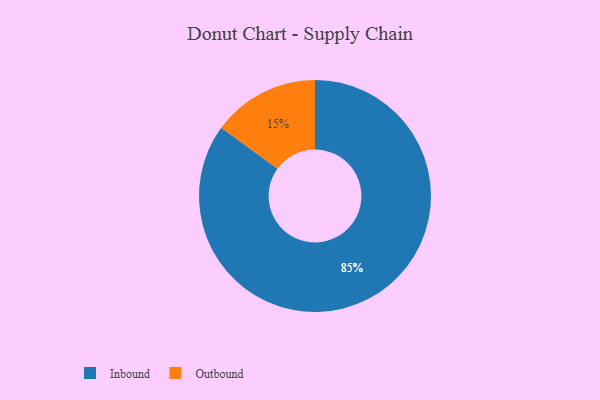
{"axis": {"x": "Category", "y": "Percentage"}, "legend": ["Inbound", "Outbound"], "data": [{"x": "Inbound", "y": 85, "type": "Inbound"}, {"x": "Outbound", "y": 15, "type": "Outbound"}]}